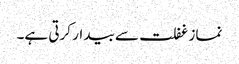
نماز غفلت سے بیدار کرتی ہے۔